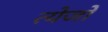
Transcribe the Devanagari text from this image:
त्येजो